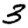
Digit: 3